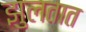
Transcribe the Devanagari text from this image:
झुलतात